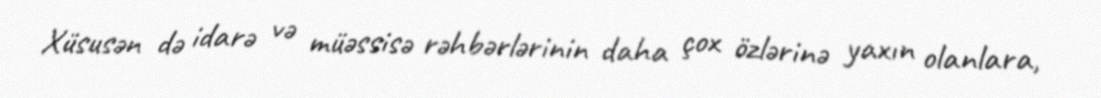
Xüsusən də idarə və müəssisə rəhbərlərinin daha çox özlərinə yaxın olanlara,